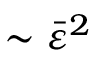
\sim \bar { \varepsilon } ^ { 2 }